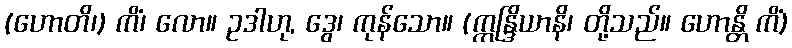
(ဟောတိ၊) ကိံ၊ လော။ ဥဒါဟု, ဒွေ၊ ကုန်သော။ (ဣန္ဒြိယာနိ၊ တို့သည်။ ဟောန္တိ ကိံ)